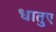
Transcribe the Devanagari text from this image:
धातुए